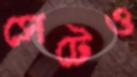
সেটেও